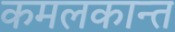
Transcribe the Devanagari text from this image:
कमलकान्त